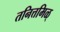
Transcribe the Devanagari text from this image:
तनित्तमिळ्